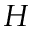
H